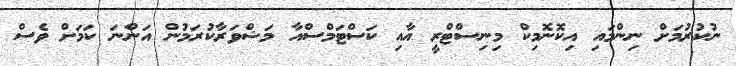
ނުކުރުމަށް ނިންމައި އިކޮނޮމިކް މިނިސްޓްރީ އާއި ކަސްޓަމްސްއާ މަޝްވަރާކުރަމުން އަންނަ ކަމަށް ވެސް